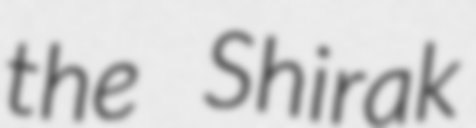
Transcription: the Shirak